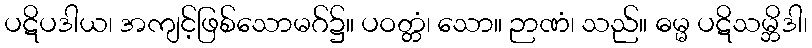
ပဋိပဒါယ၊ အကျင့်ဖြစ်သောမဂ်၌။ ပဝတ္တံ၊ သော။ ဉာဏံ၊ သည်။ ဓမ္မ ပဋိသမ္ဘိဒါ၊